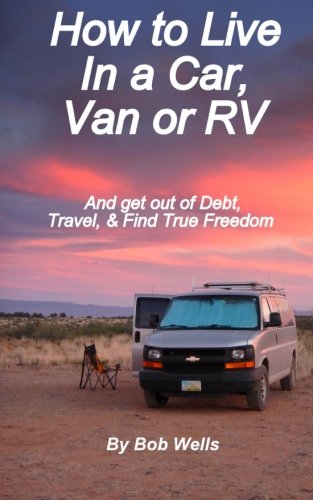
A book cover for How to Live In a Car, Van, or RV: And Get Out of Debt, Travel, and Find True Freedom; Bob Wells; Travel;